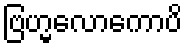
ဗြဟ္မလောကောပိ